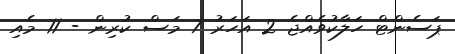
ޕަސެންޓް ހަލާކުވެއްޖެ 2 އަހަރު 7 މަސް ކުރިން - 11 މެއި